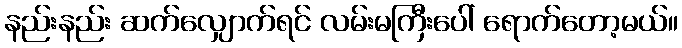
နည်းနည်း ဆက်လျှောက်ရင် လမ်းမကြီးပေါ် ရောက်တော့မယ်။